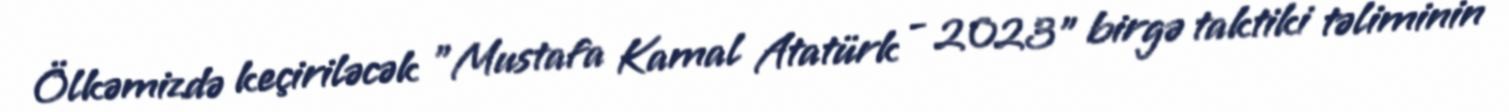
Ölkəmizdə keçiriləcək "Mustafa Kamal Atatürk - 2023" birgə taktiki təliminin